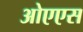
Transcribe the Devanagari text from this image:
ओएएस